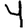
Digit: 4